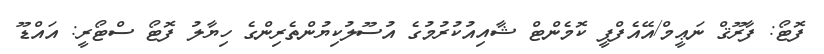
ފޮޓޯ: ފާރޫޤް ނަޢީމް/އޭއެފްޕީ ކޮމެންޓް ޝާއިއުކުރުމުގެ އުސޫލުކިޔުންތެރިންގެ ހިޔާލު ފޮޓޯ ސްޓޯރީ: އައްޑޫ